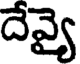
దేవ్యై